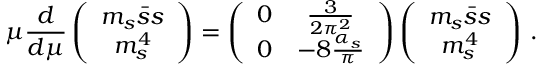
\mu \frac { d } { d \mu } \left( \begin{array} { c } { { m _ { s } \bar { s } s } } \\ { { m _ { s } ^ { 4 } } } \end{array} \right) = \left( \begin{array} { c c } { { 0 } } & { { \frac { 3 } { 2 \pi ^ { 2 } } } } \\ { { 0 } } & { { - 8 \frac { \alpha _ { s } } { \pi } } } \end{array} \right) \left( \begin{array} { c } { { m _ { s } \bar { s } s } } \\ { { m _ { s } ^ { 4 } } } \end{array} \right) \, .